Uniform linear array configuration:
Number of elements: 12
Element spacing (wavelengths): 0.5
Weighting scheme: uniform
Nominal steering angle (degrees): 60
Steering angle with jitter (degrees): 60.694
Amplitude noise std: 0.05
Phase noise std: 0.05

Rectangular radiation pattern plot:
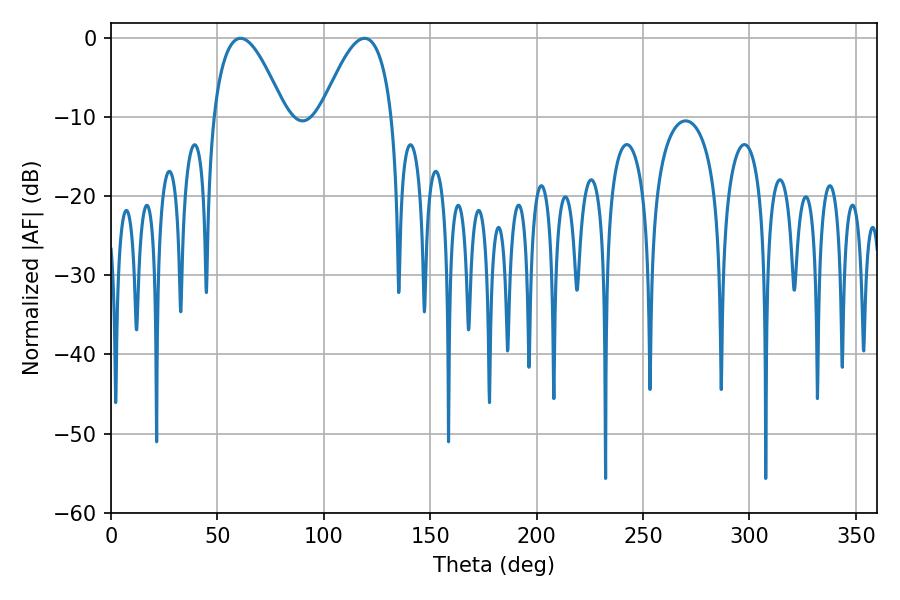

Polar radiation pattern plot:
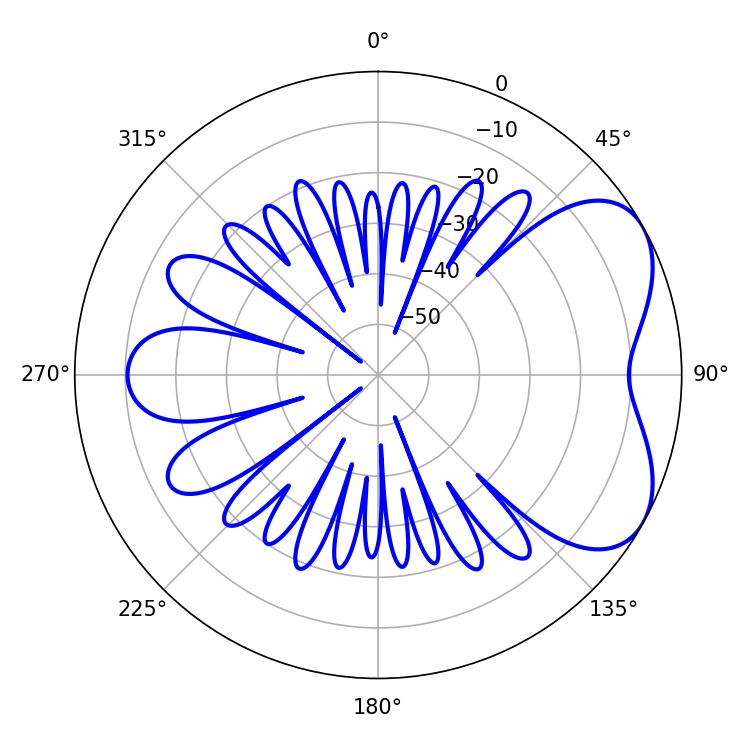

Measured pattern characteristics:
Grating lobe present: FALSE
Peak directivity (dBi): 5.309
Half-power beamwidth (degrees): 18.36
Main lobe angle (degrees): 60.84